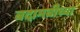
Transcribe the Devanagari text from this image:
बदामबीच्या